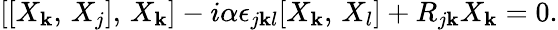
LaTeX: [[X_{\mathbf{k}},\, X_{j}],\, X_{\mathbf{k}}]-i\alpha\epsilon_{j\mathbf{k}l}[X_{\mathbf{k}},\, X_{l}]+R_{j\mathbf{k}}X_{\mathbf{k}}=0.